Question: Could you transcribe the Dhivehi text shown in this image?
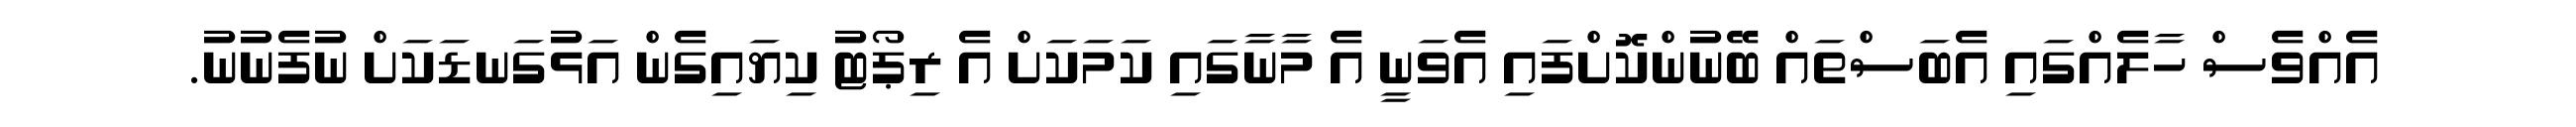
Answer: އެއްވެސް ހާލެއްގައި އެބަސްތައް ބޭނުންކޮށްފައި އެވަނީ އެ މާނާގައި ކަމަކަށް އެ ރިޕޯޓު ކިޔައިގެން އަޅުގަނޑަކަށް ނުފެނުނު.